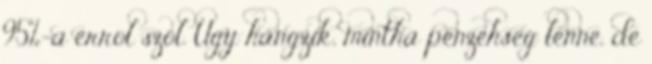
95%-a errol szol. Ugy hangzik, mintha penzehseg lenne, de